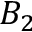
B _ { 2 }